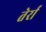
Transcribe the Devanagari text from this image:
तेर्रा